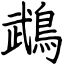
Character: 鵡